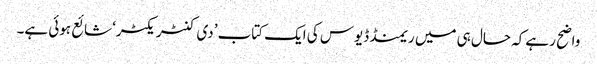
واضح رہے کہ حال ہی میں ریمنڈ ڈیوس کی ایک کتاب ’دی کنٹریکٹر‘ شائع ہوئی ہے۔